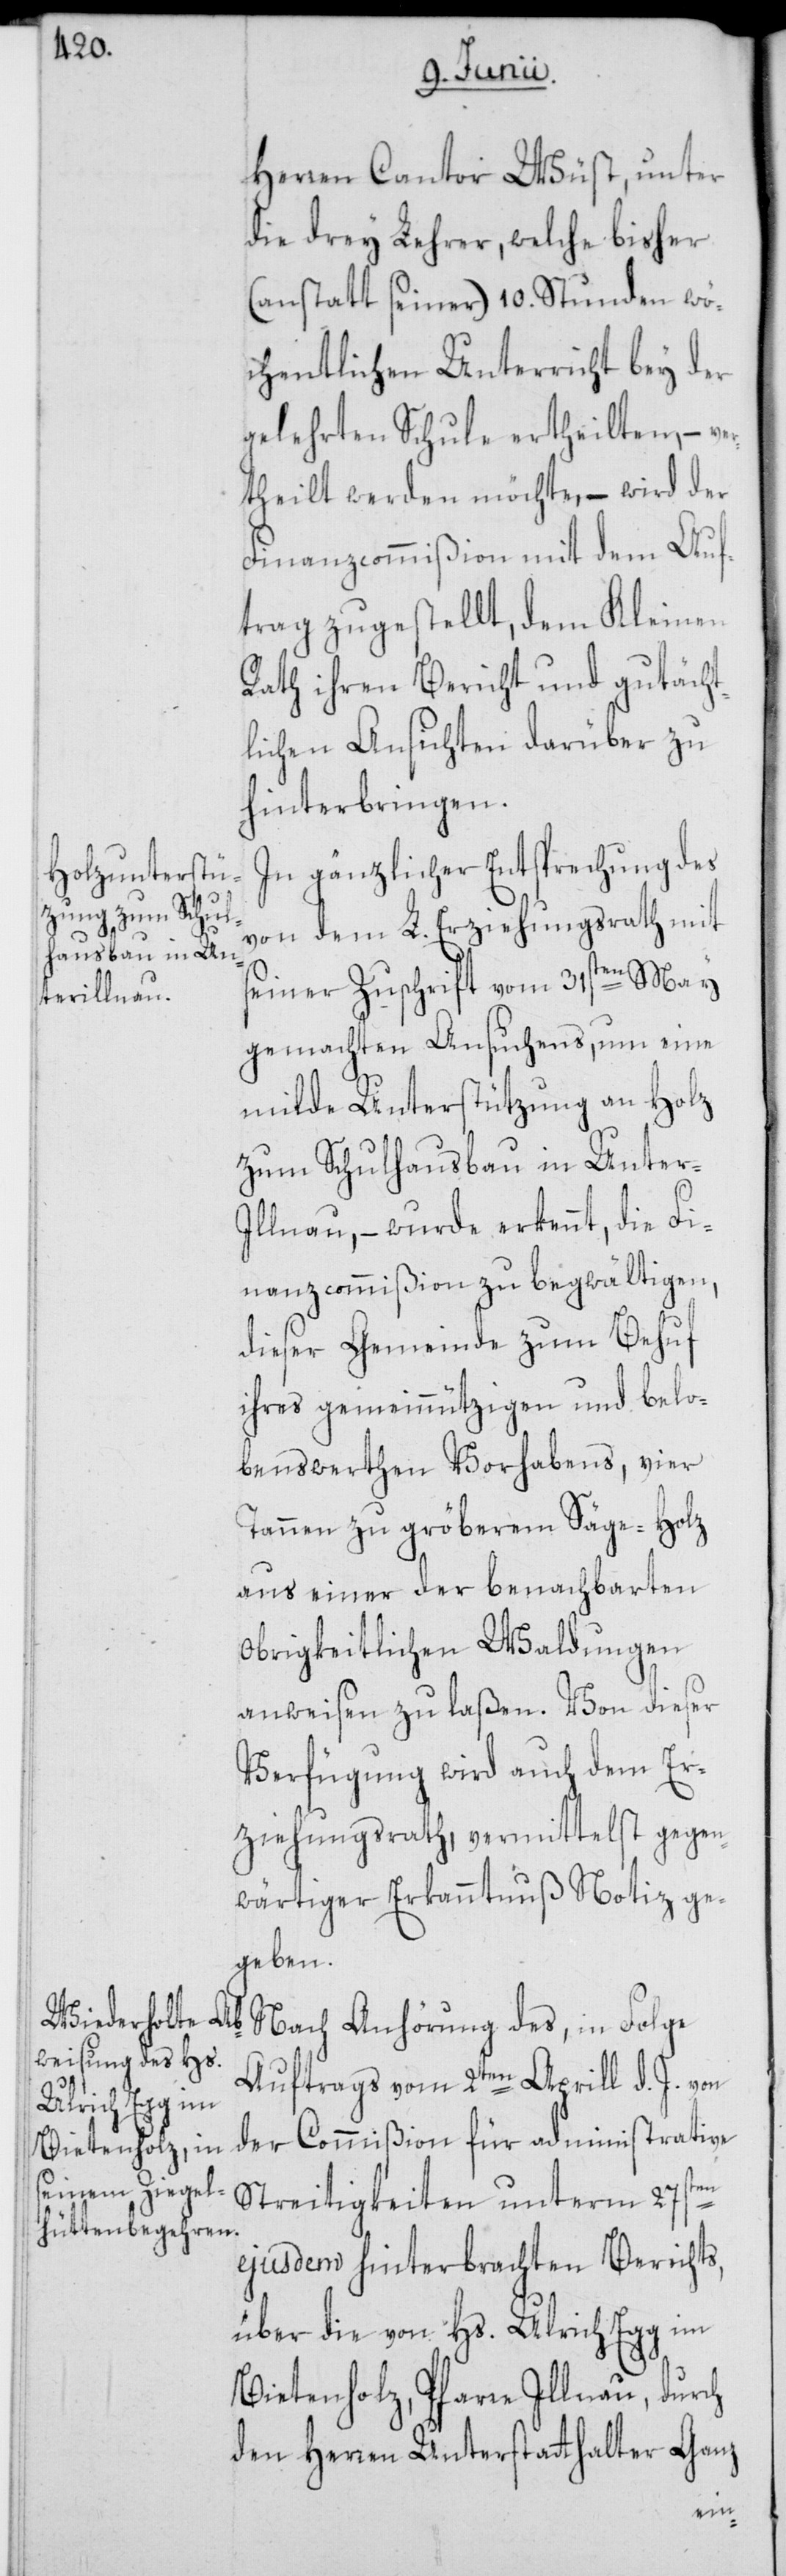
Herren Cantor Wüst, unter
die drey Lehrer, welche bisher
(anstatt seiner) 10. Stunden wö¬
chentlichen Unterricht bey der
gelehrten Schule ertheilten, – ve¬
rtheilt werden möchte, – wird der
Finanzcommißion mit dem Auf¬
trag zugestellt, dem Kleinen
Rath ihren Bericht und gutächt¬
lichen Ansichten darüber zu
hinterbringen.
In gänzlicher Entsprechung des
von dem L. Erziehungsrath mit
seiner Zuschrift vom 31sten May
gemachten Ansuchens, um eine
milde Unterstützung an Holz
zum Schulhausbau in Unter-I¬
llnau, – wurde erkennt, die Fi¬
nanzcommißion zu begwältigen,
dieser Gemeinde zum Behuf
ihres gemeinnützigen und belo¬
benswerthen Vorhabens, vier
Tannen zu gröberem Säge-Holz
aus einer der benachbarten
obrigkeitlichen Waldungen
anweisen zu laßen. Von dieser
Verfügung wird auch dem Er¬
ziehungsrath, vermittelst gegen¬
wärtiger Erkanntnuß Notiz ge¬
geben.
Nach Anhörung des, in Folge
Auftrags vom 2ten Aprill d. J. von
der Commißion für administrative
Streitigkeiten unterm 27sten
ejusdem hinterbrachten Berichts,
über die von Hs. Ulrich Egg im
Bietenholz, Pfarre Illnau, durch
den Herren Unterstatthalter Ganz